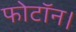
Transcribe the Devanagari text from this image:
फोटॉन।